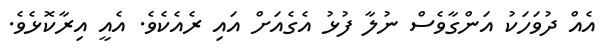
އެއް ދުވަހަކު އަންގާވެސް ނުލާ ފުޅު އެގެއަށް އައި ރެއެކެވެ. އެއީ އިރާކޮޅެވެ.